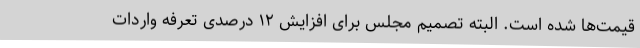
قیمت‌ها شده است. البته تصمیم مجلس برای افزایش ۱۲ درصدی تعرفه واردات